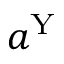
a ^ { \mathrm { Y } }